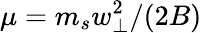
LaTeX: \mu=m_{s}w_{\perp}^{2}/(2B)